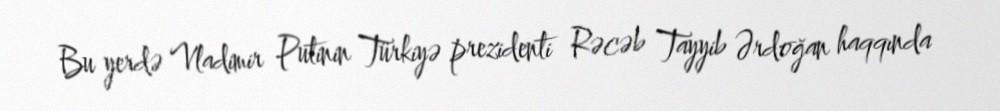
Bu yerdə Vladimir Putinin Türkiyə prezidenti Rəcəb Tayyib Ərdoğan haqqında